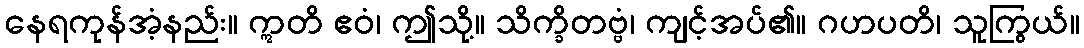
နေရကုန်အံ့နည်း။ ဣတိ ဧဝံ၊ ဤသို့။ သိက္ခိတဗ္ဗံ၊ ကျင့်အပ်၏။ ဂဟပတိ၊ သူကြွယ်။